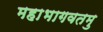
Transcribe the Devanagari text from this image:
महाभागवतमु